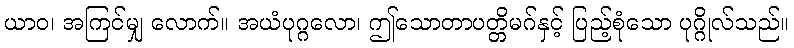
ယာဝ၊ အကြင်မျှ လောက်။ အယံပုဂ္ဂလော၊ ဤသောတာပတ္တိမဂ်နှင့် ပြည့်စုံသော ပုဂ္ဂိုလ်သည်။